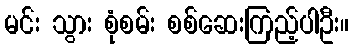
မင်း သွား စုံစမ်း စစ်ဆေးကြည့်ပါဦး။